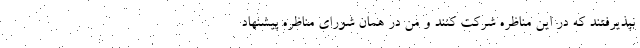
نپذیرفتند که در این مناظره شرکت کنند و من در همان شورای مناظره پیشنهاد